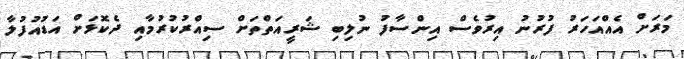
މަރަށް އެއްއަހަރު ފުރުނު އިރުވެސް އިންސާފު ނުލިބި ޝަރީއަތްތަށް ސިއްރުކުރުމާއި ދެކޮޅަށް އަޑުއުފުލާ